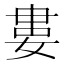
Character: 婁